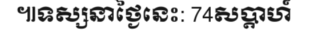
៕ទស្សនាថ្ងៃនេះ: 74សប្តាហ៍